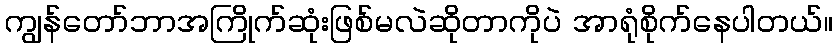
ကျွန်တော်ဘာအကြိုက်ဆုံးဖြစ်မလဲဆိုတာကိုပဲ အာရုံစိုက်နေပါတယ်။